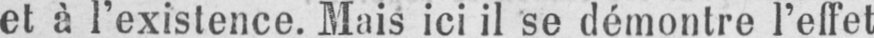
et à l’existence. Mais ici il se démontre l’effet